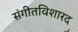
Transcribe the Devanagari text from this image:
संगीतविशारद